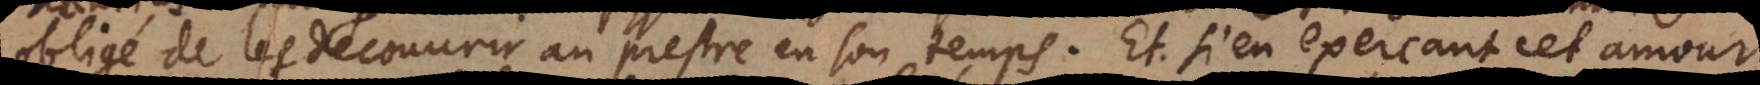
obligé de les decouvrir au prestre en son temps. Et si en exerçant cet amour